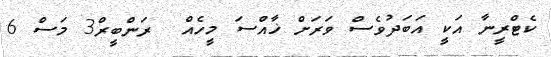
ކެޓްރީނާ އަކީ އަބަދުވެސް ވަރަށް ޚާއްސަ މީހެއް  ރަންބީރް3 މަސް 6